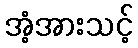
အံ့အားသင့်